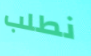
نطلب